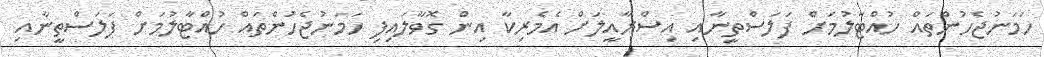
ހަމަނުޖެހުންތައް ހުއްޓާލުމަށް ފަލަސްތީނާއި އިސްރާއީލަށް އެމެރިކާ އިން ގޮވާލައިފި ހަމަނުޖެހުންތައް ހުއްޓާލުމަށް ފަލަސްތީނާއި